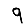
Digit: 9